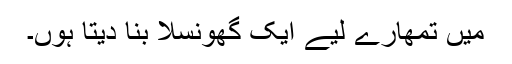
میں تمھارے لیے ایک گھونسلا بنا دیتا ہوں۔